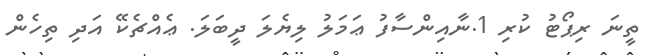
ތީނަ ރިޕޯޓު ކުރި 1.ނާއިންސާފު ޢަމަލު ލިޔެލަ ދީބަލަ. ޢެއްޗެކޭ އަދި ތިހެން